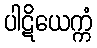
ပါဋိယေက္ကံ